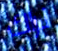
نراك